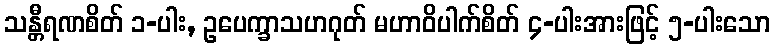
သန္တီရဏစိတ် ၁-ပါး, ဥပေက္ခာသဟဂုတ် မဟာဝိပါက်စိတ် ၄-ပါးအားဖြင့် ၅-ပါးသော